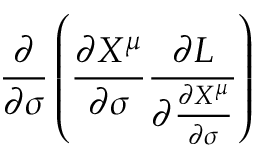
\displaystyle { \frac { \partial } { \partial \sigma } \left( \frac { \partial X ^ { \mu } } { \partial \sigma } \frac { \partial L } { \partial \frac { \partial X ^ { \mu } } { \partial \sigma } } \right) }